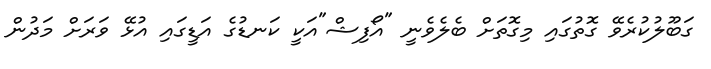
ގަބޫލުކުރެވޭ ގޮތުގައި މިގޮތަށް ބެލެވެނީ "އޯފިޝް"އަކީ ކަނޑުގެ އަޑީގައި އުޅޭ ވަރަށް މަދުން